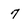
Character: 7